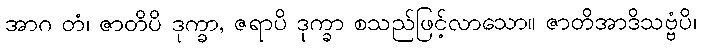
အာဂ တံ၊ ဇာတိပိ ဒုက္ခာ, ဇရာပိ ဒုက္ခာ စသည်ဖြင့်လာသော။ ဇာတိအာဒိသဗ္ဗံပိ၊